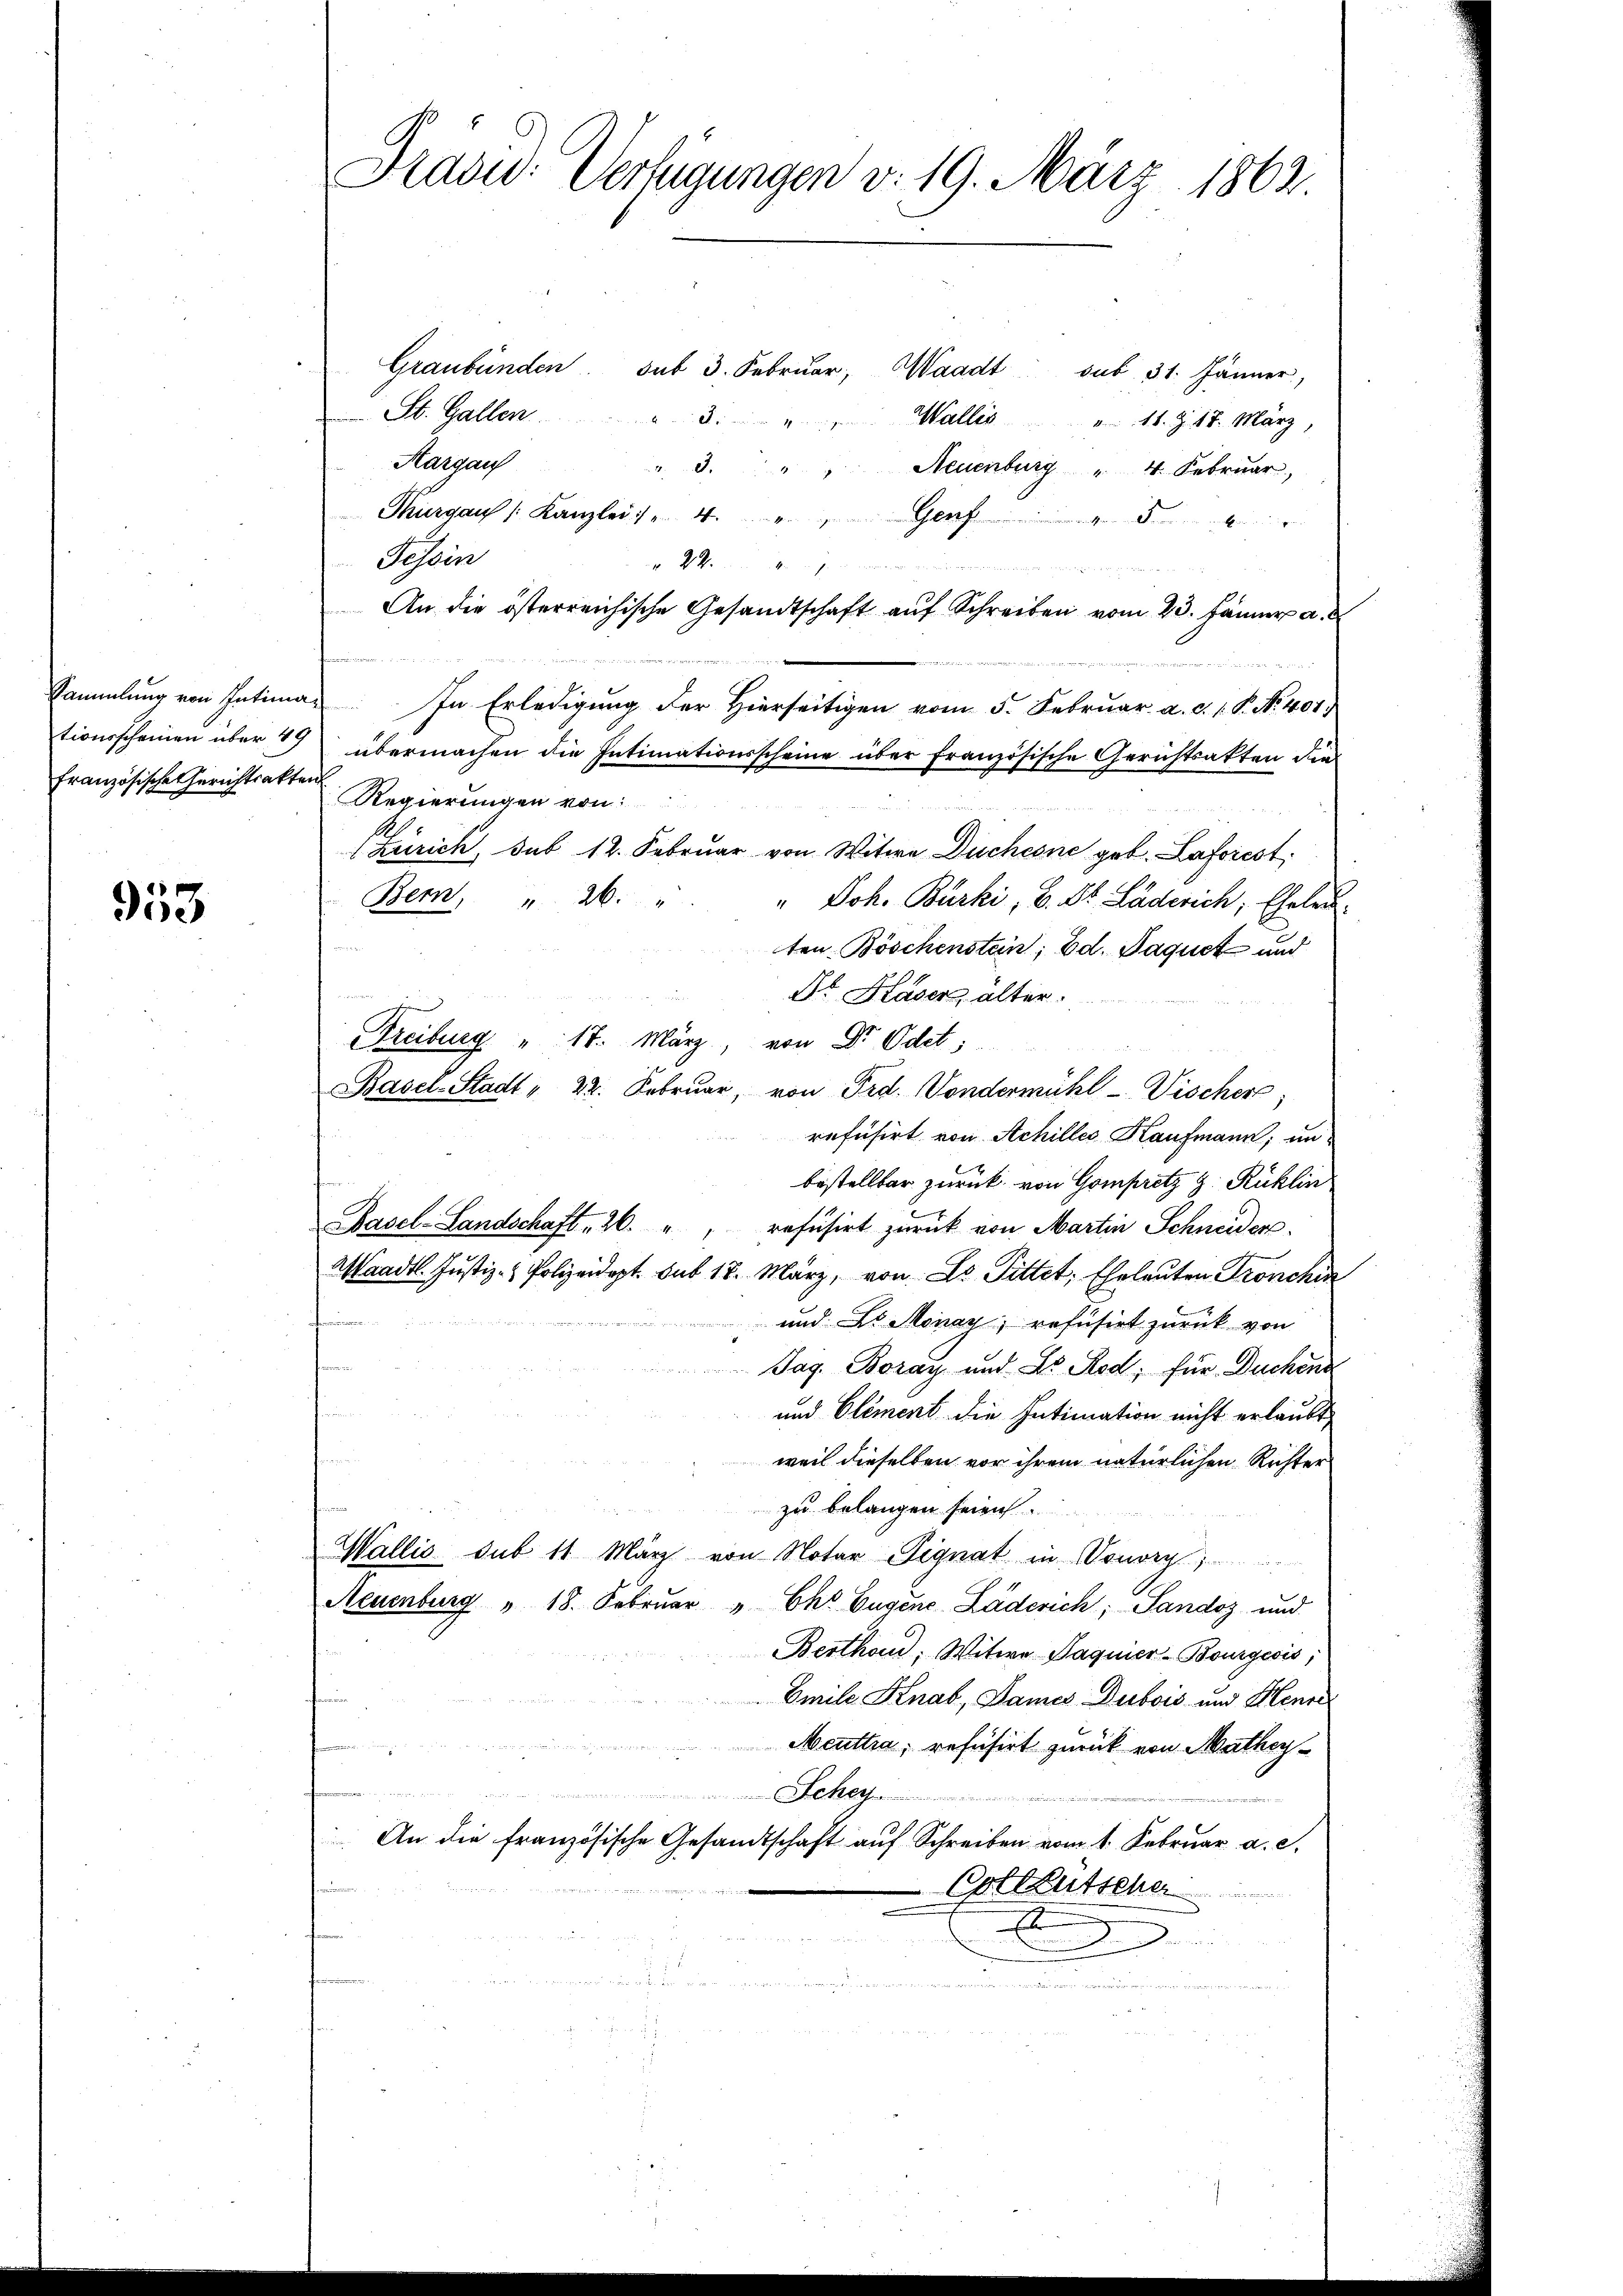
tionsscheinen über 19

953

Präsid. Verfügungen v. 19. März 1862.

Graubünden. sub 3. Febrŭar, Waadt sub 31. Jänner,
St. Gallen.

4
Wallis " 11. Z. 18. März,
Kargau
.
Neuenburg " 4. Februar,
Thurgau (Kanzlei : „ 4.
Genf
Tessin
 22.

4
An die österreichische Gesandtschaft aŭf Schreiben vom 23. Jänner a.
Sammlung von Intima. In Erledigung der Hierseitigen vom 5. Februar. a. c. 1. P. No. 401.
übermachen die Intimationsscheine über französische Gerichtsakten die¬
Französische Zürichtsakter Regierungen von:
(Zürich, sub 12. Februar von Witwe Duchesne geb. Laforest
Bern, " 26. "
" Joh. Bürki, B. St. Läderich, Eheleu
2
ten Böschenstein; Ed. Faquet und

Dr. Kaser alter.
Freiburg " 17. März, von Dr. Odet;
Basel-Stadt " 22. Februar, von Frd. Vondermühl-Vischers,
refusirt von Achilles Kaufmann; un
bestellbar zurück von Gompritz z. Kuklin
Basel-Landschaft, 26. " refüsirt zurück von Martin Schneider
Waadt. Justiz- & Polizeidept. sub 18. März, von Dr. Pittet, Eheleuten Troschin
und Dr. Monay; refusirt zurück von
Jag. Boray und Lb. Rod; für Duchens
und Clement die Intimation nicht erlaubt,
weil dieselben vor ihrem natürlichen Richter
zu belangen seien
Wallis sub 11 März von Notar Signat in Sonorg
Neuenburg " 18. Februar "Ehr Eugene Läderich, Sandoz und
Berthan, Witwe Paquier-Bourgesis,
Emile Knab, Dames Dubois und Henre
Meuttra, refusirt zurück von Mathey¬
Scher
u
 An die französische Gesandtschaft auf Schreiben vom 1. Februar a. c.
Cottkutscher
x

e